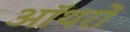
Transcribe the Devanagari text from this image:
ऑथरों